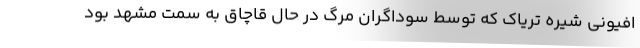
افیونی شیره تریاک که توسط سوداگران مرگ در حال قاچاق به سمت مشهد بود